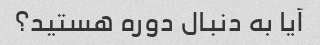
آیا به دنبال دوره هستید؟